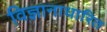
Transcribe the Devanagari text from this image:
विज्ञानाधारित